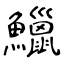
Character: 鱲